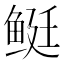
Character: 𬶓